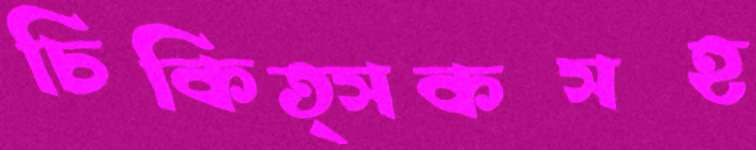
চিকিত্সকসহ